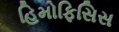
હિમોફિસિસ